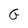
Character: G